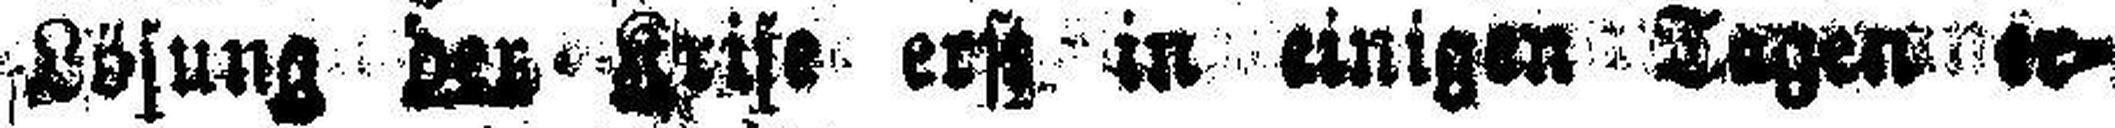
Lösung der Krise erst in einigen Tagen er¬